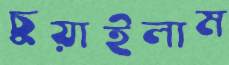
চুয়াইলাম